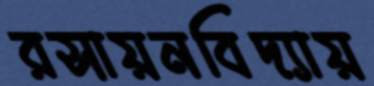
রসায়নবিদ্যায়